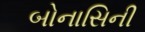
બોનાસિની